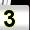
Digit: 3